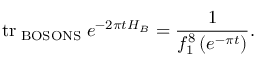
\mathrm { t r } _ { \mathrm { \tiny ~ B O S O N S } } \; e ^ { - 2 \pi t H _ { B } } = \frac { 1 } { f _ { 1 } ^ { 8 } \left( e ^ { - \pi t } \right) } .